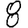
Digit: 8